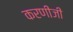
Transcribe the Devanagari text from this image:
करणीजी